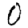
Digit: 0